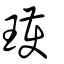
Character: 瓁